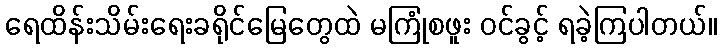
ရေထိန်းသိမ်းရေးခရိုင်မြေတွေထဲ မကြုံစဖူး ဝင်ခွင့် ရခဲ့ကြပါတယ်။